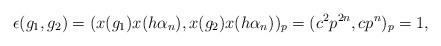
LaTeX: \begin{align*} \epsilon(g_1,g_2) = (x(g_1)x(h\alpha_n),x(g_2)x(h\alpha_n))_p = (c^2p^{2n},cp^n)_p = 1, \end{align*}